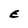
Character: e